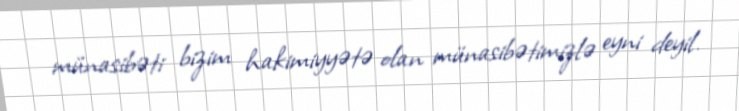
münasibəti bizim hakimiyyətə olan münasibətimizlə eyni deyil.